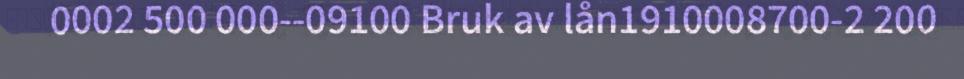
0002 500 000--09100 Bruk av lån1910008700-2 200